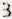
3